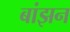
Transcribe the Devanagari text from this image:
बांझन